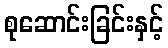
စုဆောင်းခြင်းနှင့်